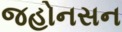
જહોનસન